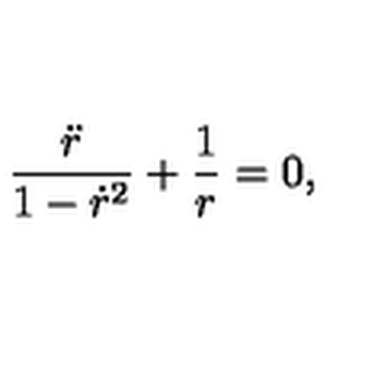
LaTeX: \frac { \ddot { r } } { 1 - \dot { r } ^ { 2 } } + \frac { 1 } { r } = 0 ,